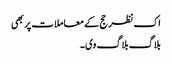
اک نظر حج کے معاملات پر بھی
بلاگ بلاگ وی۔